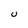
Character: U